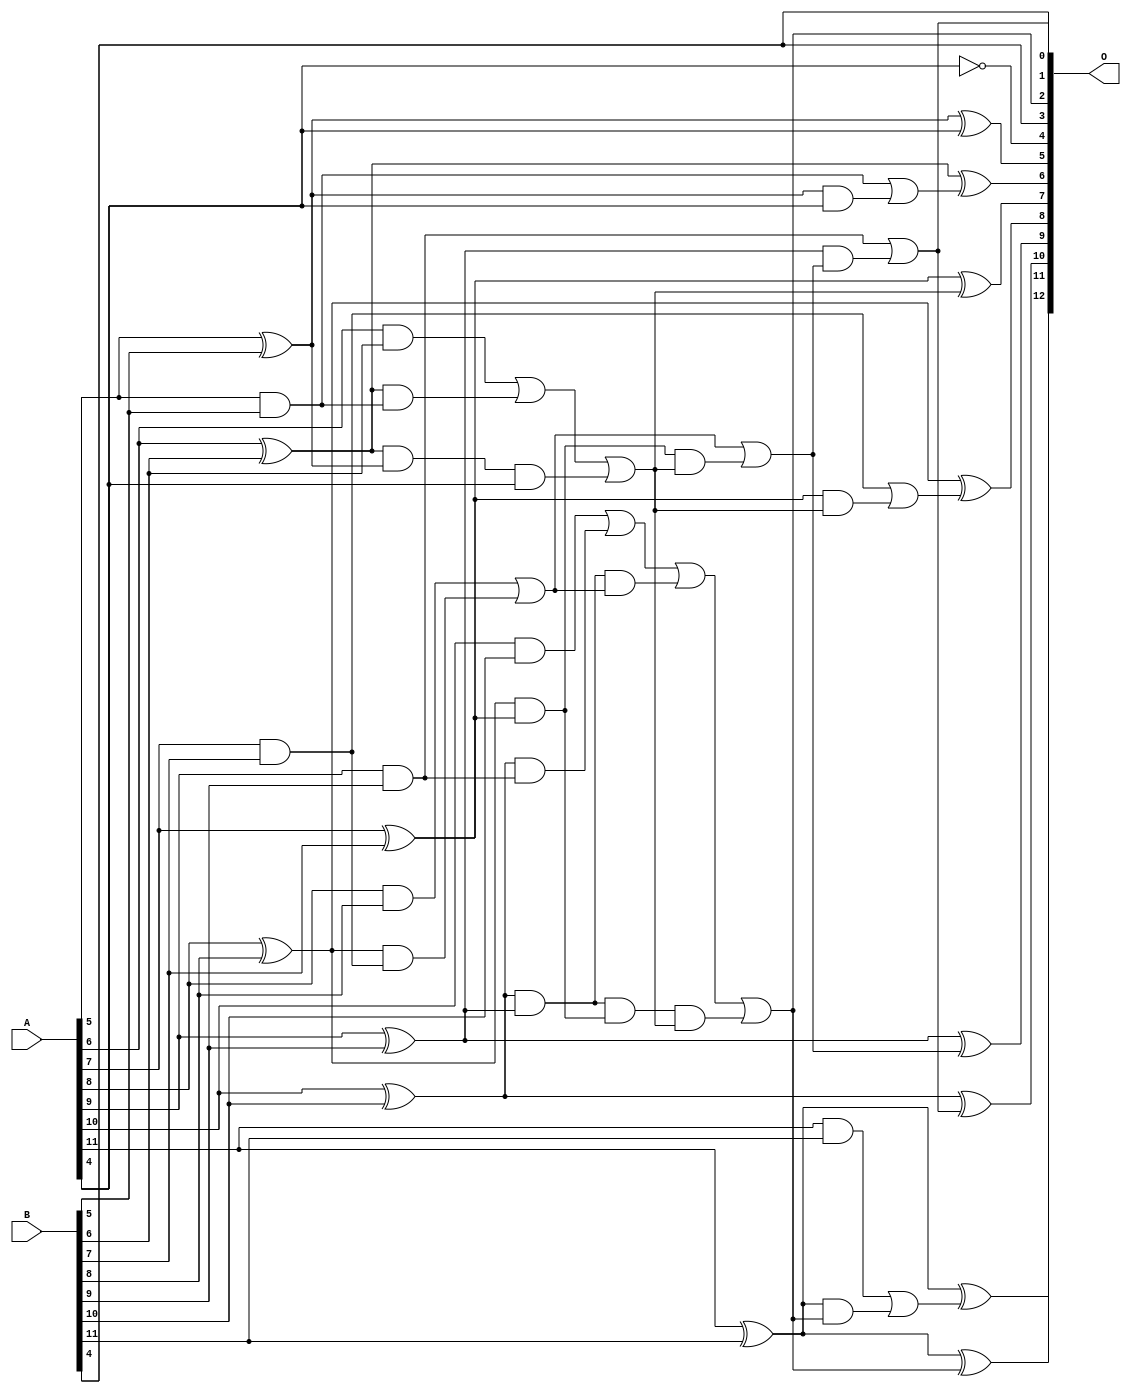
/***
* This code is a part of EvoApproxLib library (ehw.fit.vutbr.cz/approxlib) distributed under The MIT License.
* When used, please cite the following article(s): V. Mrazek, L. Sekanina, Z. Vasicek "Libraries of Approximate Circuits: Automated Design and Application in CNN Accelerators" IEEE Journal on Emerging and Selected Topics in Circuits and Systems, Vol 10, No 4, 2020 
* This file contains a circuit from a sub-set of pareto optimal circuits with respect to the pwr and mre parameters
***/
// MAE% = 0.15 %
// MAE = 6.1 
// WCE% = 0.51 %
// WCE = 21 
// WCRE% = 2000.00 %
// EP% = 94.92 %
// MRE% = 2.53 %
// MSE = 57 
// PDK45_PWR = 0.033 mW
// PDK45_AREA = 68.0 um2
// PDK45_DELAY = 0.60 ns

module add12se_5DG (
    A,
    B,
    O
);

input [11:0] A;
input [11:0] B;
output [12:0] O;

wire sig_34,sig_35,sig_36,sig_37,sig_38,sig_39,sig_40,sig_41,sig_42,sig_43,sig_44,sig_45,sig_46,sig_47,sig_48,sig_55,sig_56,sig_57,sig_58,sig_59;
wire sig_60,sig_61,sig_62,sig_63,sig_66,sig_68,sig_69,sig_70,sig_71,sig_74,sig_75,sig_78,sig_79,sig_84,sig_85,sig_86,sig_87,sig_88,sig_89,sig_90;
wire sig_91,sig_95,sig_96,sig_97,sig_98,sig_99,sig_100,sig_101,sig_102,sig_103;

assign sig_34 = A[5] & B[5];
assign sig_35 = A[5] ^ B[5];
assign sig_36 = A[6] & B[6];
assign sig_37 = A[6] ^ B[6];
assign sig_38 = A[7] & B[7];
assign sig_39 = A[7] ^ B[7];
assign sig_40 = A[8] & B[8];
assign sig_41 = A[8] ^ B[8];
assign sig_42 = A[9] & B[9];
assign sig_43 = A[9] ^ B[9];
assign sig_44 = A[10] & B[10];
assign sig_45 = A[10] ^ B[10];
assign sig_46 = A[11] & B[11];
assign sig_47 = A[11] ^ B[11];
assign sig_48 = A[11] ^ B[11];
assign sig_55 = sig_37 & sig_34;
assign sig_56 = sig_37 & sig_35;
assign sig_57 = sig_36 | sig_55;
assign sig_58 = sig_41 & sig_38;
assign sig_59 = sig_41 & sig_39;
assign sig_60 = sig_40 | sig_58;
assign sig_61 = sig_45 & sig_42;
assign sig_62 = sig_45 & sig_43;
assign sig_63 = sig_44 | sig_61;
assign sig_66 = sig_56 & A[4];
assign sig_68 = sig_57 | sig_66;
assign sig_69 = sig_62 & sig_60;
assign sig_70 = sig_62 & sig_59;
assign sig_71 = sig_63 | sig_69;
assign sig_74 = sig_70 & sig_68;
assign sig_75 = sig_71 | sig_74;
assign sig_78 = sig_59 & sig_68;
assign sig_79 = sig_60 | sig_78;
assign sig_84 = sig_35 & A[4];
assign sig_85 = sig_34 | sig_84;
assign sig_86 = sig_39 & sig_68;
assign sig_87 = sig_38 | sig_86;
assign sig_88 = sig_43 & sig_79;
assign sig_89 = sig_42 | sig_88;
assign sig_90 = sig_47 & sig_75;
assign sig_91 = sig_46 | sig_90;
assign sig_95 = ~A[4];
assign sig_96 = sig_35 ^ A[4];
assign sig_97 = sig_37 ^ sig_85;
assign sig_98 = sig_39 ^ sig_68;
assign sig_99 = sig_41 ^ sig_87;
assign sig_100 = sig_43 ^ sig_79;
assign sig_101 = sig_45 ^ sig_89;
assign sig_102 = sig_47 ^ sig_75;
assign sig_103 = sig_48 ^ sig_91;

assign O[12] = sig_103;
assign O[11] = sig_102;
assign O[10] = sig_101;
assign O[9] = sig_100;
assign O[8] = sig_99;
assign O[7] = sig_98;
assign O[6] = sig_97;
assign O[5] = sig_96;
assign O[4] = sig_95;
assign O[3] = B[4];
assign O[2] = sig_75;
assign O[1] = B[4];
assign O[0] = sig_89;

endmodule